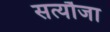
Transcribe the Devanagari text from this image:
सत्यौजा